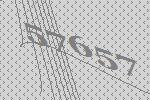
57657